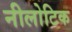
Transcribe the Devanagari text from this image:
नीलोटिक